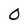
Character: 0